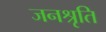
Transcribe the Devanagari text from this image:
जनश्रृति